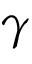
\gamma